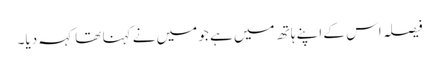
فیصلہ اس کے اپنے ہاتھ میں ہے جو میں نے کہنا تھا کہہ دیا۔